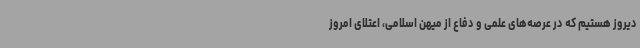
دیروز هستیم که در عرصه‌های علمی و دفاع از میهن اسلامی، اعتلای امروز